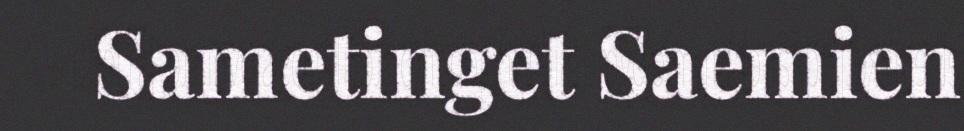
Sametinget Saemien